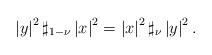
LaTeX: \begin{align*}\left\vert y\right\vert ^{2}\sharp _{1-\nu }\left\vert x\right\vert^{2}=\left\vert x\right\vert ^{2}\sharp _{\nu }\left\vert y\right\vert ^{2}.\end{align*}